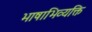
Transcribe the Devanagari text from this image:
भाषाभिव्यक्ति